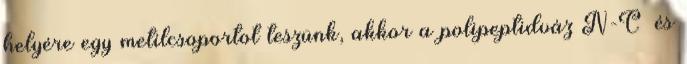
helyére egy metilcsoportot teszünk, akkor a polipeptidváz N-Cα és